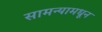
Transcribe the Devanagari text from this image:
सामन्यामधून